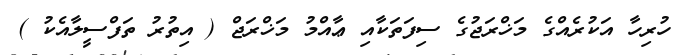
ހުރިހާ އަކުރެއްގެ މަޚްރަޖުގެ ސިފަތަކާއި ޢާއްމު މަޚްރަޖް ( އިތުރު ތަފްސީލާއެކު )